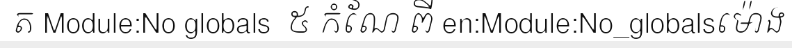
ត Module:No globals  ៥ កំណែ ពី en:Module:No_globalsម៉ោង